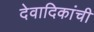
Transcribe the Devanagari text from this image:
देवादिकांची